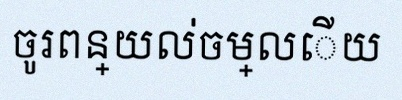
ចូរពន្យល់ចម្លើយ